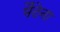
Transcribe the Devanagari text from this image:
मैंटेना